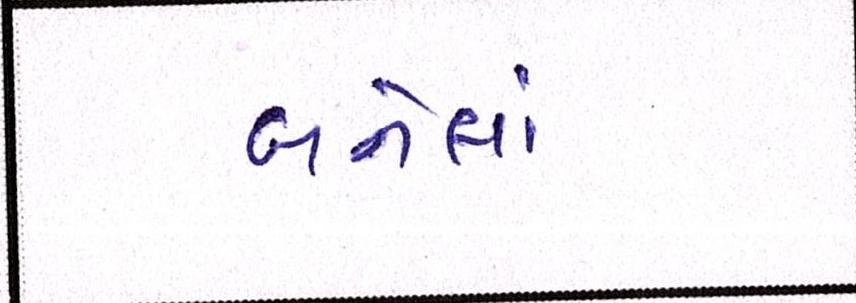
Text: બનેલાં